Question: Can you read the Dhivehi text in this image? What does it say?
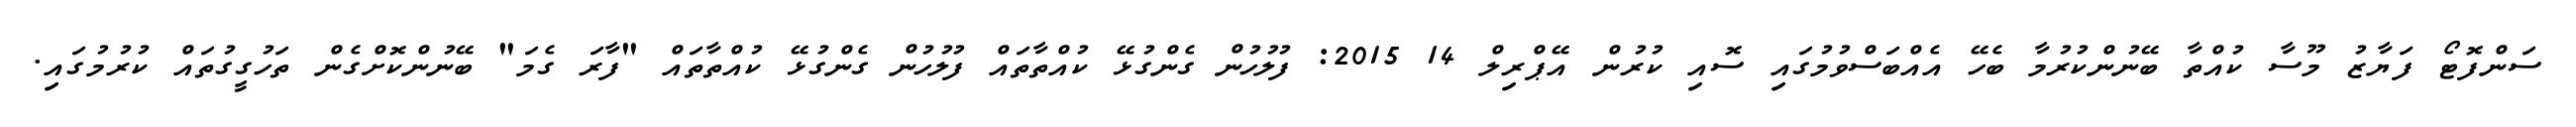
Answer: ސަންފޮޓޯ ފަޔާޒު މޫސާ ކުއްތާ ބޭނުންކުރުމާ ބެހޭ އެއްބަސްވުމުގައި ސޮއި ކުރުން އޭޕްރިލް 14 2015: ފުލުހުން ގެންގުޅޭ ކުއްތާތައް ފުލުހުން ގެންގުޅޭ ކުއްތާތައް "ފާރަ ގެމަ" ބޭނުންކޮށްގެން ތަހުގީގުތައް ކުރުމުގައި.